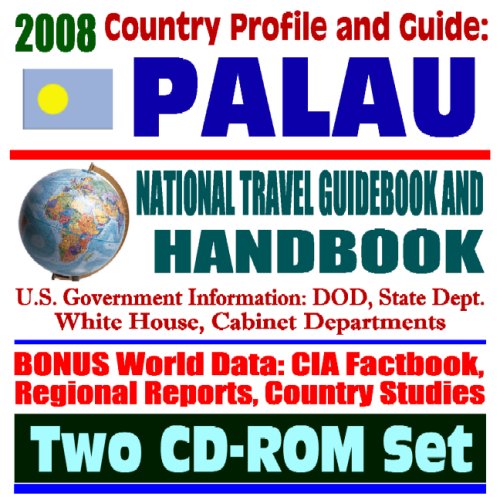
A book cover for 2008 Country Profile and Guide to Palau- National Travel Guidebook and Handbook -  Benthic Habitat, Coral Reefs, Koror Island (Two CD-ROM Set); U.S. Government; Travel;